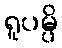
ရူပမ္ပိ